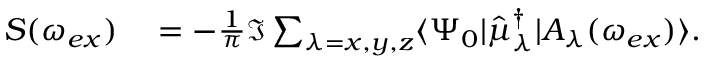
\begin{array} { r l } { S ( \omega _ { e x } ) } & { { } = - \frac { 1 } { \pi } \Im \sum _ { \lambda = x , y , z } \langle \Psi _ { 0 } | \hat { \mu } _ { \lambda } ^ { \dagger } | A _ { \lambda } ( \omega _ { e x } ) \rangle . } \end{array}